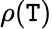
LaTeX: \rho(\mathtt{T})